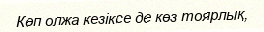
Көп олжа кезіксе де көз тоярлық,